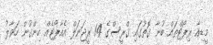
މީޑިއާ ރިޕޯޓްތައް ބުނާ ގޮތުގައި ގްރީސްގެ 14 ރީޖަނަލް އެއާޕޯޓެއް ހިންގުން ހަވާލު